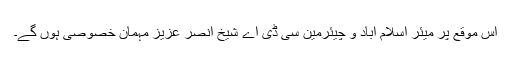
اس موقع پر میئر اسلام آباد و چیئرمین سی ڈی اے شیخ انصر عزیز مہمان خصوصی ہوں گے۔